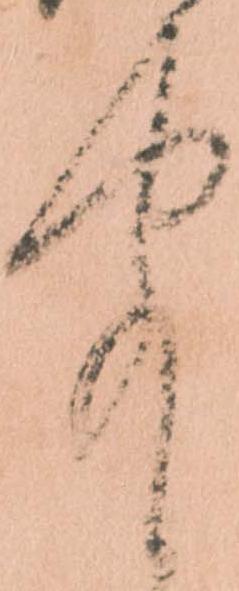
聞